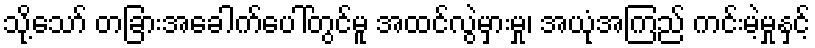
သို့သော် တခြားအခေါက်ပေါ်တွင်မူ အထင်လွဲမှားမှု၊ အယုံအကြည် ကင်းမဲ့မှုနှင့်